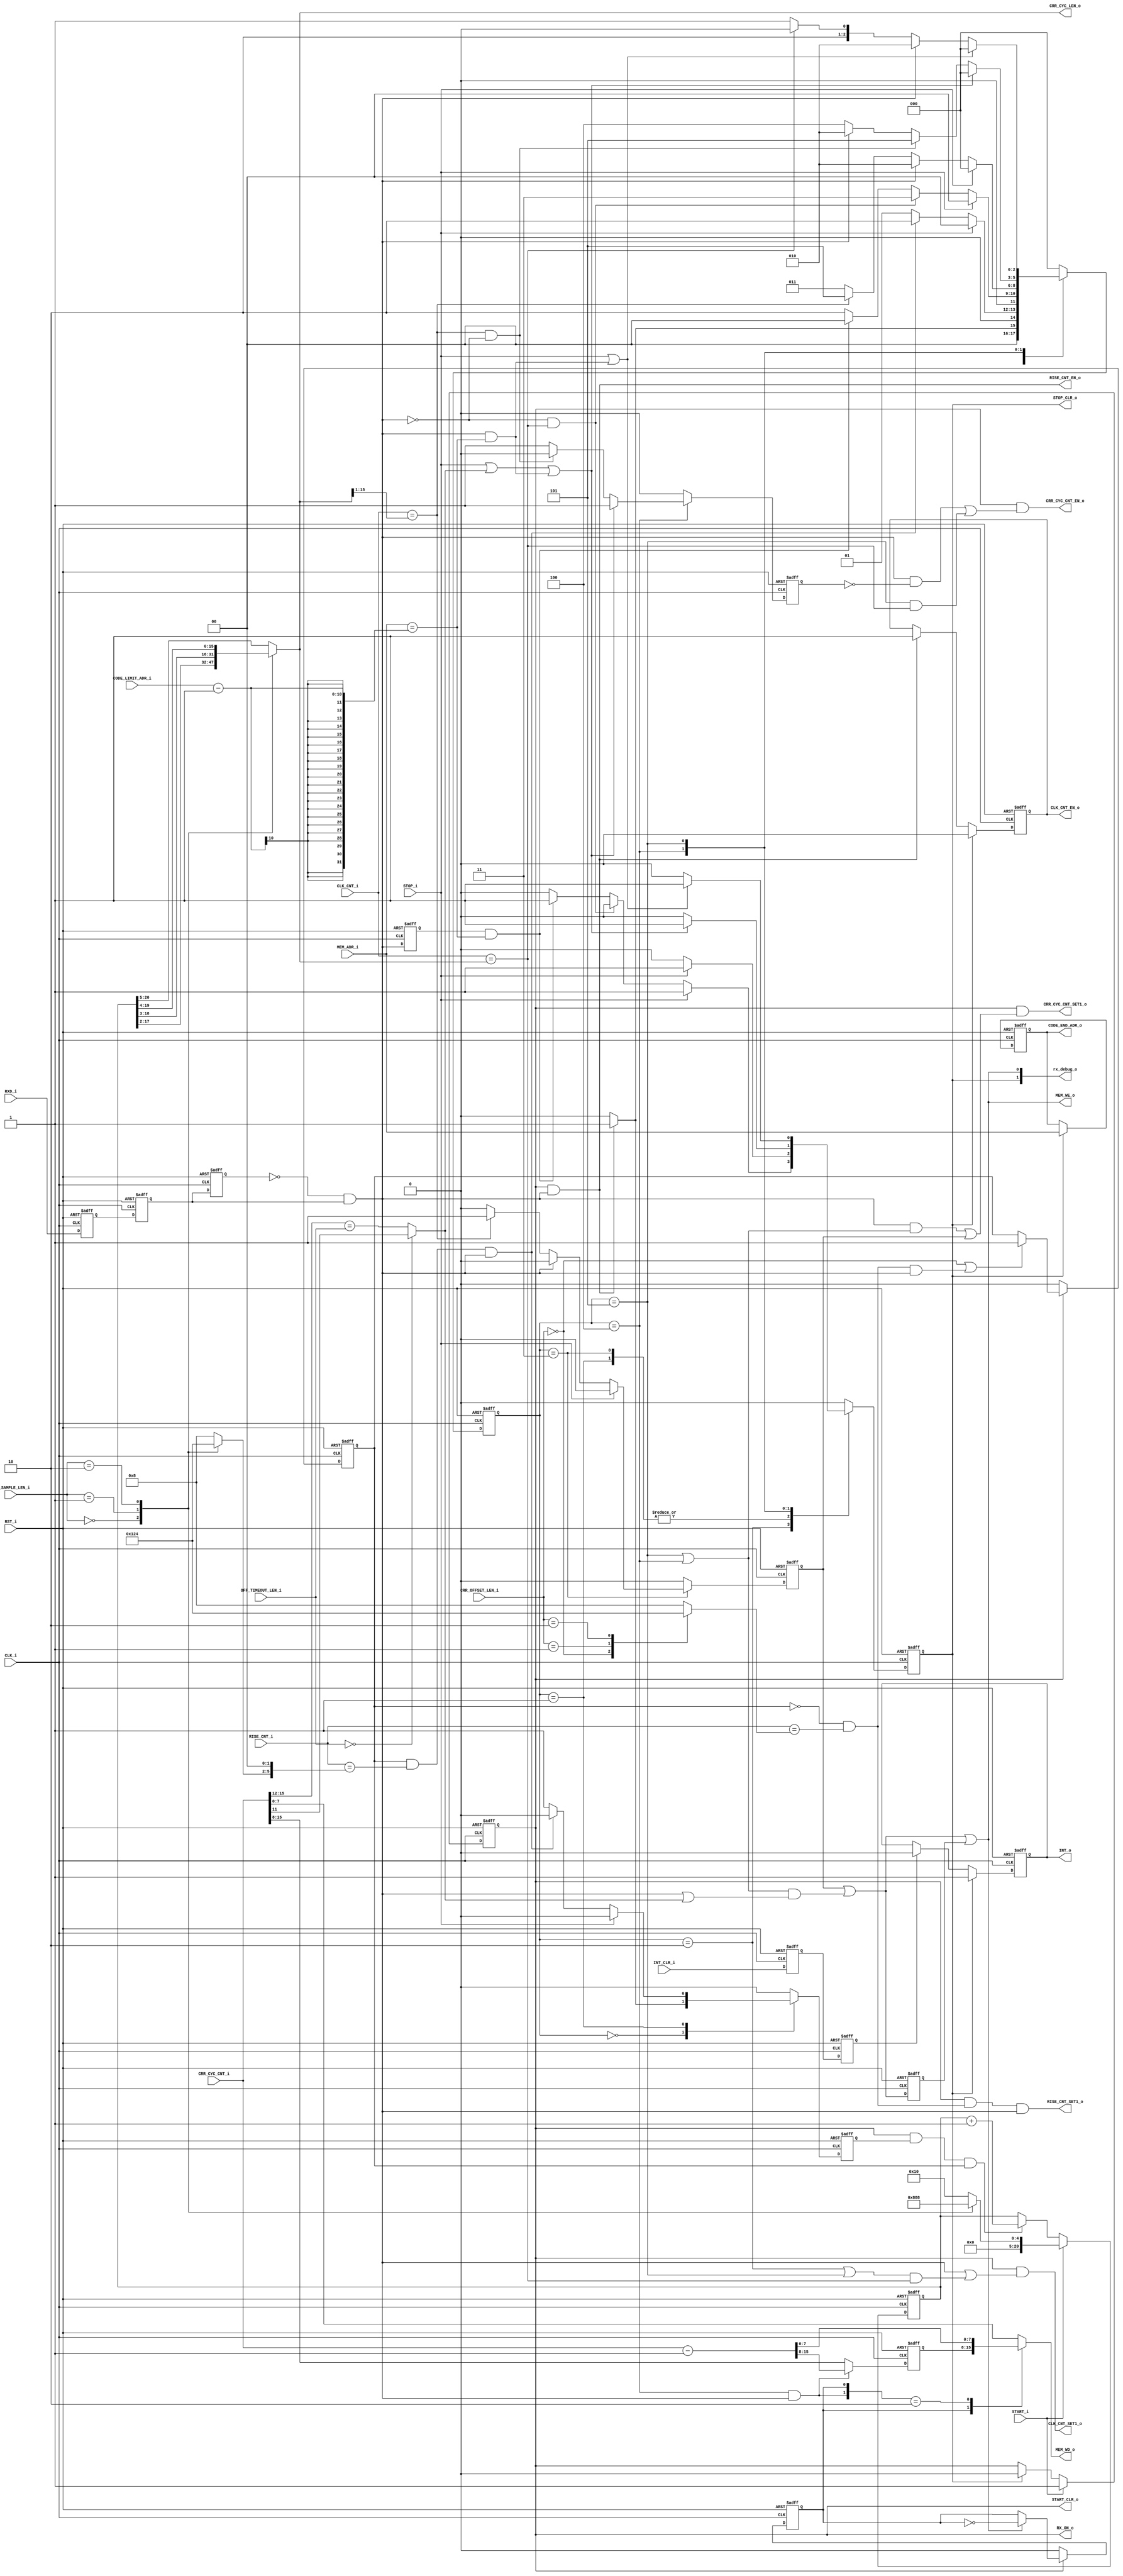
//**********************************************************
//Title:    ir_rx_ctrl
//Design:   ir_rx_ctrl.v
//Function: IrDA Remote RX controller
//Company:  QuickLogic Corp.
//
//**********************************************************

`timescale 1ns/10ps
//`include "../rtl/compile_param.vh"
//`define DEBUG
module ir_rx_ctrl
	#(parameter	MEM_ADR_WIDTH = 10)
(
`ifdef DEBUG
	output [2:0]				rState_o,
	output						rCRR_RISE_o,
	output						rRXD_o,
`endif	
	input 						RST_i,				// active-high reset
	input						CLK_i,				// clock (~12MHz?)
	input						START_i,			// Rx Detection Start flag
	output						START_CLR_o,		// RX Detection Start Clear flag
	input						STOP_i,				// Rx Detection Stop flag
	output						STOP_CLR_o,			// RX Detection Stop Clear flag
	output						RX_ON_o,			// Rx Transaction ON flag
	input [1:0]					CRR_OFFSET_LEN_i,	// Rx Carrier Cycle Offset before seeking Average (value x 4)
	input [1:0]					CRR_SAMPLE_LEN_i,	// Rx Carrier Cycle Sample Length to calculate Average (2**(value+3))
	input [3:0]					OFF_TIMEOUT_LEN_i,	// Rx Code Timeout Length (0x1000*value), 0x0800 is used for 0
	input 						RXD_i,				// Rx Data
	output 						CLK_CNT_EN_o,		// Clock Count Enable
	output 						CLK_CNT_SET1_o,		// Clock Count Set to 1
	input [15:0]				CLK_CNT_i,			// Clock Count
	output [15:0]				CRR_CYC_LEN_o,		// RXD Carrier Cycle Length
	output 						CRR_CYC_CNT_EN_o,	// RXD Carrier Cycle Count Enable
	output 						CRR_CYC_CNT_SET1_o,	// RXD Carrier Cycle Count Set to 1
	input [15:0]				CRR_CYC_CNT_i,		// RXD Carrier Cycle Count
	output						RISE_CNT_SET1_o,	// RXD Carrier Rise Count Set to 1
	output						RISE_CNT_EN_o,		// RXD Carrier Rise Count Enable
	input [6:0]					RISE_CNT_i,			// RXD Carrier Rise Count
	input [MEM_ADR_WIDTH-1:0]	CODE_LIMIT_ADR_i,	// RXD Code Limit Address
	output [MEM_ADR_WIDTH-1:0]	CODE_END_ADR_o,		// RXD Code End Address
	output						MEM_WE_o,			// Memory Write Enable
	input [MEM_ADR_WIDTH-1:0]	MEM_ADR_i,			// Memory Address
	output [7:0]				MEM_WD_o,			// Memory Write Data
	output						INT_o,				// Interrupt Flag
	input						INT_CLR_i,			// Interrupt Clear Flag,
	
	output  [7:0]               rx_debug_o
);

//parameter	SAMPLE_MAX	= 6;	//2**6 = 64, max size of samples for average calculation
parameter	SAMPLE_MAX	= 5;	//2**5 = 32, max size of samples for average calculation

parameter [2:0]	S_WAIT			= 3'd0,
				S_IR_ON_CRR_CNT	= 3'd1,
				S_IR_ON			= 3'd2,
				S_IR_OFF_TEMP	= 3'd3,
				S_IR_OFF 		= 3'd4,
				S_IR_OFF_INC_OK	= 3'd5;

reg						rRX_ON;
reg						rRXD, rRXD_p1, rRXD_p2;
reg						rCRR_RISE;
//reg [SAMPLE_MAX:0]		rCRR_RISE_CNT;
reg						rCLK_CNT_EN;
reg [15+SAMPLE_MAX:0]	rCLK_CNT_SUM;	// can cover up to 32 samples		
reg [15:0] 				wCRR_CYC_AVG;
wire [15:0]				wOFF_CNT_ADJ;
reg [7:0]				rWD_MSB;
wire					wADJ;
reg [MEM_ADR_WIDTH-1:0]	rCODE_END_ADR;
wire					wMEM_WE, wMEM_WE_1ST;
reg						rMEM_WE_1ST_d;
reg [7:0]				wMEM_WD;
reg						rMSB_SEL;
reg						rINT;
reg						rINT_CLR_p, rINT_CLR;

reg [2:0]				rState, wN_State;
reg						rCRR_CYC_SEEK, wN_CRR_CYC_SEEK;
reg						rON_CODE_RDY, wN_ON_CODE_RDY;
reg						rCODE_END, wN_CODE_END, rINC_DIS, wN_INC_DIS;

reg [3:0]				wOFFSET_LEN;
reg						rOFFSET_DONE;
reg [3:0]				wSAMPLE_LEN;

wire		wCRR_RISE;
//wire		wOFFSET_FULL = ~rOFFSET_DONE & (rCRR_RISE_CNT == {2'd0, wOFFSET_LEN, 2'd0});
//wire		wOFFSET_FULL = ~rOFFSET_DONE & (RISE_CNT_i == {2'd0, wOFFSET_LEN, 2'd0});
wire		wOFFSET_FULL = ~rOFFSET_DONE & (RISE_CNT_i == {3'd0, wOFFSET_LEN});	// 1, 2, 4, or 8 offset
//wire		wCRR_RISE_CNT_FULL = rOFFSET_DONE & (rCRR_RISE_CNT == {wSAMPLE_LEN, 3'd0});	// 8, 16, 32, or 64 samples
//wire		wCRR_RISE_CNT_FULL = rOFFSET_DONE & (RISE_CNT_i == {wSAMPLE_LEN, 3'd0});	// 8, 16, 32, or 64 samples
wire		wCRR_RISE_CNT_FULL = rOFFSET_DONE & (RISE_CNT_i == {1'd0, wSAMPLE_LEN, 2'd0});	// 4, 8, 16, or 32 samples
wire		wCLK_CNT_FULL = (CLK_CNT_i == wCRR_CYC_AVG);
wire [15:0]	wCRR_CNT_TH = {1'd0, wCRR_CYC_AVG[15:1]};	// 1/2 of Average
wire		wIR_OFF_TIMEOUT = (OFF_TIMEOUT_LEN_i == 0) ? CRR_CYC_CNT_i[11] : (CRR_CYC_CNT_i[15:12] == OFF_TIMEOUT_LEN_i);
wire		wMEM_FULL = (MEM_ADR_i == (CODE_LIMIT_ADR_i - 1));


assign rx_debug_o[0] = wMEM_WE;
assign rx_debug_o[1] = rCODE_END;

assign	START_CLR_o = rRX_ON;
assign	STOP_CLR_o = rCODE_END;
assign	RX_ON_o = rRX_ON;
assign 	CLK_CNT_EN_o = rCLK_CNT_EN;
assign 	CLK_CNT_SET1_o = rRX_ON & (wCRR_RISE | (((rState == S_IR_ON) | (rState == S_IR_OFF_INC_OK)) & wCLK_CNT_FULL));
assign 	CRR_CYC_CNT_EN_o = rRX_ON & ((wCRR_RISE & (~rINC_DIS)) | ((rState == S_IR_OFF_INC_OK) & wCLK_CNT_FULL));
assign 	CRR_CYC_CNT_SET1_o = rRX_ON & (wCRR_RISE & ((rState == S_IR_OFF_INC_OK) | (rState == S_IR_OFF)) | rON_CODE_RDY);
assign	CRR_CYC_LEN_o = wCRR_CYC_AVG;
assign	CODE_END_ADR_o = rCODE_END_ADR;
assign	RISE_CNT_SET1_o = rRX_ON & wOFFSET_FULL & wCRR_RISE;
assign	RISE_CNT_EN_o = rRX_ON & wCRR_RISE;
assign	MEM_WE_o = wMEM_WE;
assign	MEM_WD_o = wMEM_WD;
assign	INT_o = rINT;
`ifdef DEBUG
	assign rState_o = rState;
	assign rCRR_RISE_o = rCRR_RISE;
	assign rRXD_o = rRXD;
`endif


always @(*) begin
	case (CRR_OFFSET_LEN_i)
		2'd0 : wOFFSET_LEN = 4'b0001;	// 1
		2'd1 : wOFFSET_LEN = 4'b0010;	// 2
		2'd2 : wOFFSET_LEN = 4'b0100;	// 4
//		2'd3 : wOFFSET_LEN = 4'b1000;	// 8
		default : wOFFSET_LEN = 4'b1000;
	endcase
end

always @(*) begin
	case (CRR_SAMPLE_LEN_i)
		2'd0 : wSAMPLE_LEN = 4'b0001;	//  4
		2'd1 : wSAMPLE_LEN = 4'b0010;	//  8
		2'd2 : wSAMPLE_LEN = 4'b0100;	// 16
//		2'd3 : wSAMPLE_LEN = 4'b1000;	// 32
		default : wSAMPLE_LEN = 4'b1000;
	endcase
end


always @(posedge CLK_i or posedge RST_i) begin
	if (RST_i) begin
		rRX_ON <= 0;
	end
	else if (START_i) begin
		rRX_ON <= 1;
	end
	else if (rCODE_END) begin
		rRX_ON <= 0;
	end
end


always @(posedge CLK_i or posedge RST_i) begin
	if (RST_i) begin
		rRXD_p2 <= 0;
		rRXD_p1 <= 0;
		rRXD <= 0;
	end
	else begin
		rRXD_p2 <= RXD_i;
		rRXD_p1 <= rRXD_p2;
		rRXD <= rRXD_p1;
	end
end

assign	wCRR_RISE = ~rRXD & rRXD_p1;

always @(posedge CLK_i or posedge RST_i) begin
	if (RST_i) begin
		rCRR_RISE <= 0;
	end
	else begin
		rCRR_RISE <= wCRR_RISE;
	end
end

always @(posedge CLK_i or posedge RST_i) begin
	if (RST_i) begin
		rCLK_CNT_EN <= 0;
	end
	else if (rCODE_END) begin
		rCLK_CNT_EN <= 0;
	end
	else if (rRX_ON & wCRR_RISE) begin
		rCLK_CNT_EN <= 1;
	end
//	else begin
//		rCLK_CNT_EN <= rCLK_CNT_EN;
//	end
end


///// Seek Carrier Cycle Count Average /////////////////////////
/*
always @(posedge CLK_i or posedge RST_i) begin
	if (RST_i) begin
		rCRR_RISE_CNT <= 0;
	end
//	else if (~rRX_ON) begin
	else if (START_i) begin
		rCRR_RISE_CNT <= 0;
	end
	else if (wOFFSET_FULL & wCRR_RISE) begin
		rCRR_RISE_CNT <= 1;
	end
	else if (wCRR_RISE) begin
		rCRR_RISE_CNT <= rCRR_RISE_CNT + 1;
	end
end
*/
always @(posedge CLK_i or posedge RST_i) begin
	if (RST_i) begin
		rOFFSET_DONE <= 0;
	end
	else if (~rRX_ON) begin
		rOFFSET_DONE <= 0;
	end
	else if ((CRR_OFFSET_LEN_i == 0) | (wOFFSET_FULL & wCRR_RISE)) begin
		rOFFSET_DONE <= 1;
	end
//	else begin
//		rOFFSET_DONE <= rOFFSET_DONE;
//	end
end


always @(posedge CLK_i or posedge RST_i) begin
	if (RST_i) begin
		rCLK_CNT_SUM <= 0;
	end
	else if (START_i) begin
		case (CRR_SAMPLE_LEN_i)
			2'd0 : rCLK_CNT_SUM <= 2;		// 4/2
			2'd1 : rCLK_CNT_SUM <= 4;		// 8/2
			2'd2 : rCLK_CNT_SUM <= 8;		// 16/2
//			2'd3 : rCLK_CNT_SUM <= 16;		// 32/2
			default : rCLK_CNT_SUM <= 16;	// 32/2
		endcase
	end
	else if (rRX_ON & rCRR_CYC_SEEK & rOFFSET_DONE) begin
		rCLK_CNT_SUM <= rCLK_CNT_SUM + 1;
	end
//	else begin
//		rCLK_CNT_SUM <= rCLK_CNT_SUM;
//	end
end

always @(*) begin
	case (CRR_SAMPLE_LEN_i)
		2'd0 : wCRR_CYC_AVG = rCLK_CNT_SUM[(12+SAMPLE_MAX):(SAMPLE_MAX-3)];		// 4
		2'd1 : wCRR_CYC_AVG = rCLK_CNT_SUM[(13+SAMPLE_MAX):(SAMPLE_MAX-2)];		// 8
		2'd2 : wCRR_CYC_AVG = rCLK_CNT_SUM[(14+SAMPLE_MAX):(SAMPLE_MAX-1)];		// 16
//		2'd3 : wCRR_CYC_AVG = rCLK_CNT_SUM[(15+SAMPLE_MAX):(SAMPLE_MAX-1)];		// 32
		default : wCRR_CYC_AVG = rCLK_CNT_SUM[(15+SAMPLE_MAX):(SAMPLE_MAX)];	// 32
	endcase
end


///// Interrupt Handling /////////////////////////////////////////////////

always @(posedge CLK_i or posedge RST_i) begin
	if (RST_i) begin
		rINT_CLR_p <= 0;
		rINT_CLR <= 0;
	end
	else begin
		rINT_CLR_p <= INT_CLR_i;
		rINT_CLR <= rINT_CLR_p;
	end
end

always @(posedge CLK_i or posedge RST_i) begin
	if (RST_i) begin
		rINT <= 0;
	end
	else if (rCODE_END) begin
		rINT <= 1;
	end
	else if (rINT_CLR) begin
		rINT <= 0;
	end
end

///// OFF Code count adjustment ///////////////////////////////////////////

assign	wADJ = (rState == S_IR_OFF) & wCRR_RISE;

assign	wOFF_CNT_ADJ = (CRR_CYC_CNT_i - 1);

always @(posedge CLK_i or posedge RST_i) begin
	if (RST_i) begin
		rWD_MSB <= 0;
	end
	else begin
		rWD_MSB <= wADJ ? wOFF_CNT_ADJ[15:8] : CRR_CYC_CNT_i[15:8];
	end
end


///// Memory I/F //////////////////////////////////////////////////////////

assign	wMEM_WE_1ST =  rON_CODE_RDY | (((rState == S_IR_OFF) | (rState == S_IR_OFF_INC_OK)) & (wCRR_RISE | wIR_OFF_TIMEOUT));

always @(posedge CLK_i or posedge RST_i) begin
	if (RST_i) begin
		rMEM_WE_1ST_d <= 0;
	end
	else begin
		rMEM_WE_1ST_d <= wMEM_WE_1ST;
	end
end

assign	wMEM_WE = wMEM_WE_1ST | rMEM_WE_1ST_d;	// create 2 CLK pulse


always @(posedge CLK_i or posedge RST_i) begin	// LSB/MSB Select Signal
	if (RST_i) begin
		rMSB_SEL <= 0;
	end
	else if (~rRX_ON) begin
		rMSB_SEL <= 0;
	end
	else if (wMEM_WE) begin
		rMSB_SEL <= ~rMSB_SEL;
	end
//	else begin
//		rMSB_SEL <= rMSB_SEL;
//	end
end

always @(*) begin
	casex ({wADJ, rMSB_SEL})
		2'bx1 : wMEM_WD = rWD_MSB;
		3'b10 : wMEM_WD = wOFF_CNT_ADJ[7:0];
//		3'b00 : wMEM_WD = CRR_CYC_CNT_i[7:0];
		default : wMEM_WD = CRR_CYC_CNT_i[7:0];
	endcase
end


///// End Address Handling ///////////////////////////////////////////////

always @(posedge CLK_i or posedge RST_i) begin
	if (RST_i) begin
		rCODE_END_ADR <= 0;
	end
	else if (rCODE_END) begin
		rCODE_END_ADR <= MEM_ADR_i;	
	end
//	else begin
//		rCODE_END_ADR <= rCODE_END_ADR;
//	end
end


///// Ir RX Control State Machine ////////////////////////////////////////

always @(*) begin 
	case (rState)
			
		S_WAIT : begin	// reset
					wN_CRR_CYC_SEEK = 0;
					wN_ON_CODE_RDY = 0;
					wN_CODE_END = 0;
					wN_INC_DIS = 0;
					if (rRX_ON & wCRR_RISE) begin
						wN_CRR_CYC_SEEK = 1;
						wN_State = S_IR_ON_CRR_CNT;
					end
					else begin
						wN_CRR_CYC_SEEK = 0;
						wN_State = S_WAIT;
					end
				end

		S_IR_ON_CRR_CNT : begin	// ON Code & Carrier cycle counting
							wN_ON_CODE_RDY = 0;
							wN_INC_DIS = 0;
							if (STOP_i) begin
								wN_CRR_CYC_SEEK = 0;
								wN_CODE_END = 1;
								wN_State = S_WAIT;
							end
							else if (wCRR_RISE_CNT_FULL & wCRR_RISE) begin
								wN_CRR_CYC_SEEK = 0;
								wN_CODE_END = 0;
								wN_State = S_IR_ON;
							end
							else begin
								wN_CRR_CYC_SEEK = 1;
								wN_CODE_END = 0;
								wN_State = S_IR_ON_CRR_CNT;
							end
						end

		S_IR_ON : begin	// Carrier cycle count done, still ON Code
						wN_CRR_CYC_SEEK = 0;
						wN_ON_CODE_RDY = 0;
						wN_INC_DIS = 0;
						if (STOP_i) begin
							wN_CODE_END = 1;
							wN_State = S_WAIT;
						end
						else if (~wCRR_RISE & wCLK_CNT_FULL) begin
							wN_CODE_END = 0;
							wN_State = S_IR_OFF_TEMP;
						end
						else if (rCRR_RISE & wMEM_FULL) begin	// memory write full --- This shouldn't happen!!!
							wN_CODE_END = 1;		// one shot
							wN_State = S_WAIT;
						end
						else begin
							wN_CODE_END = 0;
							wN_State = S_IR_ON;
						end
					end

		S_IR_OFF_TEMP : begin	// ~boundary between ON & OFF Codes 
							wN_CRR_CYC_SEEK = 0;
							wN_INC_DIS = 0;
							if (STOP_i) begin
								wN_ON_CODE_RDY = 0;
								wN_CODE_END = 1;
								wN_State = S_WAIT;
							end
							else if (wCRR_RISE) begin	// still ON Code
								wN_ON_CODE_RDY = 0;
								wN_CODE_END = 0;
								wN_State = S_IR_ON;
							end
							else if (CLK_CNT_i == wCRR_CNT_TH) begin	// OFF Code detection
								wN_ON_CODE_RDY = 1;	// one shot
								wN_CODE_END = 0;
								wN_State = S_IR_OFF_INC_OK;
							end
							else begin
								wN_ON_CODE_RDY = 0;
								wN_CODE_END = 0;
								wN_State = S_IR_OFF_TEMP;
							end
					end

		S_IR_OFF : 	begin	// OFF Code
							wN_CRR_CYC_SEEK = 0;
							wN_ON_CODE_RDY = 0;
							wN_INC_DIS = 1;
							if (STOP_i | wIR_OFF_TIMEOUT | (wCRR_RISE & wMEM_FULL)) begin	// End of Codes
								wN_CODE_END = 1;		// one shot
								wN_INC_DIS = 1;
								wN_State = S_WAIT;
							end
							else if ((CLK_CNT_i == wCRR_CNT_TH) & (~wCRR_RISE)) begin	// 1/2 Cycle reached
								wN_CODE_END = 0;
								wN_INC_DIS = 0;
								wN_State = S_IR_OFF_INC_OK;
							end
							else if (wCRR_RISE) begin	// Next ON Code
								wN_CODE_END = 0;
								wN_INC_DIS = 1;
								wN_State = S_IR_ON;
							end
							else begin
								wN_CODE_END = 0;
								wN_INC_DIS = 1;
								wN_State = S_IR_OFF;
							end
					end

		S_IR_OFF_INC_OK : begin	// Got enough length of OFF Code
								wN_CRR_CYC_SEEK = 0;
								wN_ON_CODE_RDY = 0;
								wN_INC_DIS = 0;
								if (STOP_i | (wCRR_RISE & wMEM_FULL)) begin	// End of Codes
									wN_CODE_END = 1;		// one shot
									wN_State = S_WAIT;
								end
								else if (wCRR_RISE) begin	// Next ON Code
									wN_CODE_END = 0;
									wN_State = S_IR_ON;
								end
								else if (wCLK_CNT_FULL) begin
									wN_CODE_END = 0;
									wN_State = S_IR_OFF;
								end
								else begin
									wN_CODE_END = 0;
									wN_State = S_IR_OFF_INC_OK;
								end
						end

		default : begin
			wN_State = S_WAIT;
			wN_CRR_CYC_SEEK = 0;
			wN_ON_CODE_RDY = 0;
			wN_CODE_END = 0;
			wN_INC_DIS = 0;
		end
	endcase
end

always @(posedge CLK_i or posedge RST_i) begin
	if (RST_i) begin
		rState <= S_WAIT;
		rCRR_CYC_SEEK <= 0;
		rON_CODE_RDY <= 0;
		rCODE_END <= 0;
		rINC_DIS <= 0;
	end
	else begin
		rState <= wN_State;
		rCRR_CYC_SEEK <= wN_CRR_CYC_SEEK;
		rON_CODE_RDY <= wN_ON_CODE_RDY;
		rCODE_END <= wN_CODE_END;
		rINC_DIS <= wN_INC_DIS;
	end
end

endmodule